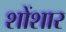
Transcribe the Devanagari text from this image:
शोंशार